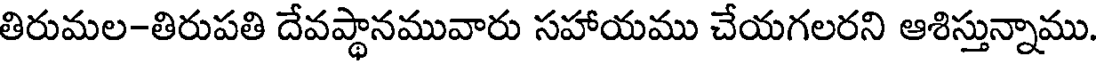
తిరుమల-తిరుపతి దేవప్థానమువారు సహాయము చేయగలరని ఆశిస్తున్నాము.